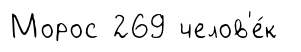
Морос 269 челов'е́к